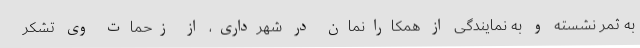
به ثمر نشسته و به نمایندگی از همکارانمان در شهرداری، از زحمات وی تشکر